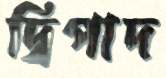
দ্বিপাদ